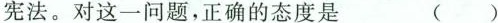
宪法。对这一问题，正确的态度是 ()